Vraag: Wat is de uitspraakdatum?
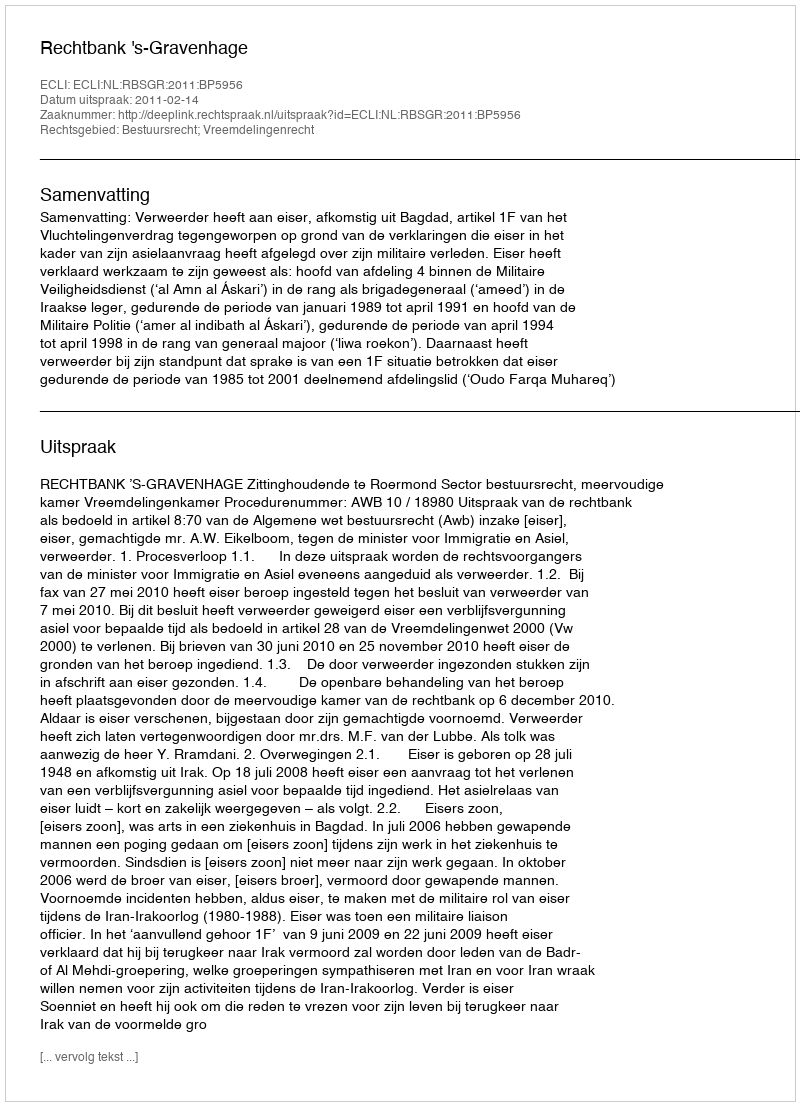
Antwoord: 2011-02-14